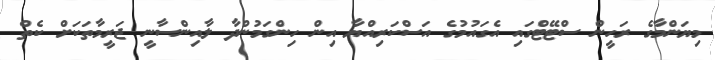
މިޔަންމާގެ ރަހީން ސްޓޭޓްގައި އެގައުމުގެ އަސްކަރިއްޔާ އިން ހިންގަމުންދާ ލާއިންސާނީ ޖަރީމާތަކަށް ކެތް